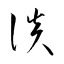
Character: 談